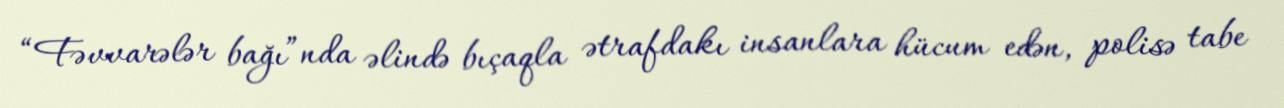
“Fəvvarələr bağı”nda əlində bıçaqla ətrafdakı insanlara hücum edən, polisə tabe